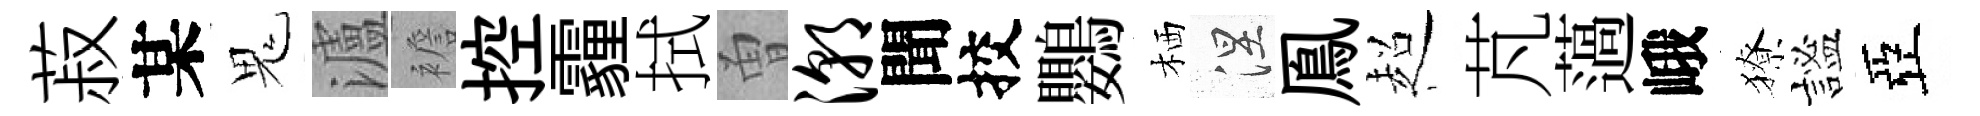
菽某鬼瀘襜控霾拭曽潮聞挍鸚栖涅鳯超芃薖峨獠謐亞